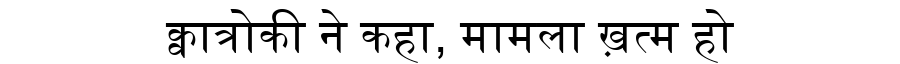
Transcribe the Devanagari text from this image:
क्वात्रोकी ने कहा, मामला ख़त्म हो